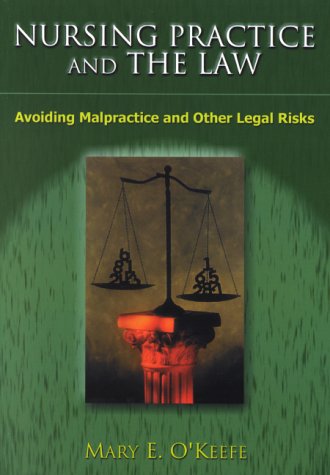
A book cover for Nursing Practice and the Law: Avoiding Malpractice and Other Legal Risks; Dr Mary O'keefe; Law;